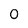
Character: 0